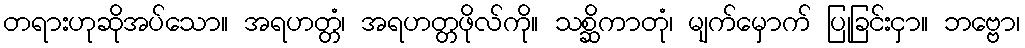
တရားဟုဆိုအပ်သော။ အရဟတ္တံ၊ အရဟတ္တဖိုလ်ကို။ သစ္ဆိကာတုံ၊ မျက်မှောက် ပြုခြင်းငှာ။ ဘဗ္ဗော၊